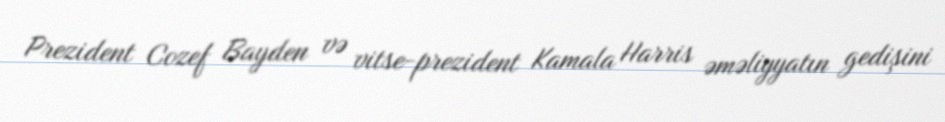
Prezident Cozef Bayden və vitse-prezident Kamala Harris əməliyyatın gedişini